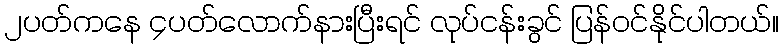
၂ပတ်ကနေ ၄ပတ်လောက်နားပြီးရင် လုပ်ငန်းခွင် ပြန်ဝင်နိုင်ပါတယ်။